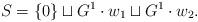
LaTeX: \begin{align*} S = \{0\}\sqcup G^1 \cdot w_1 \sqcup G^1 \cdot w_2.\end{align*}